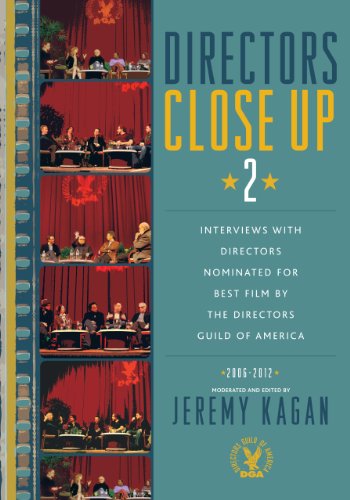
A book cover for Directors Close Up 2: Interviews with Directors Nominated for Best Film by the Directors Guild of America: 2006 - 2012; Humor & Entertainment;